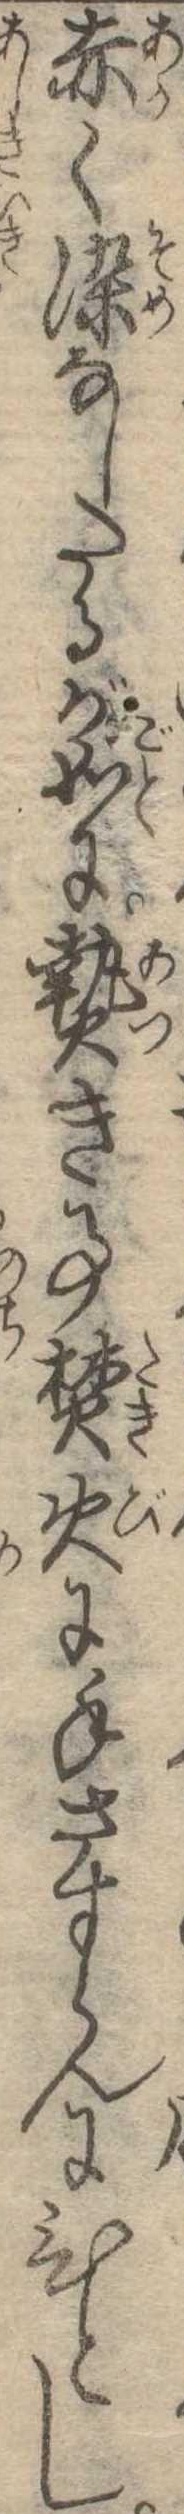
赤く染なしたるが如に熱き事焚火に手さすらんにひとし